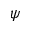
\psi